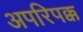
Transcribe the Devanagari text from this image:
अपरिपक्क